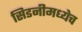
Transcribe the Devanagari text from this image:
सिडनीमध्येच